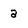
Character: a